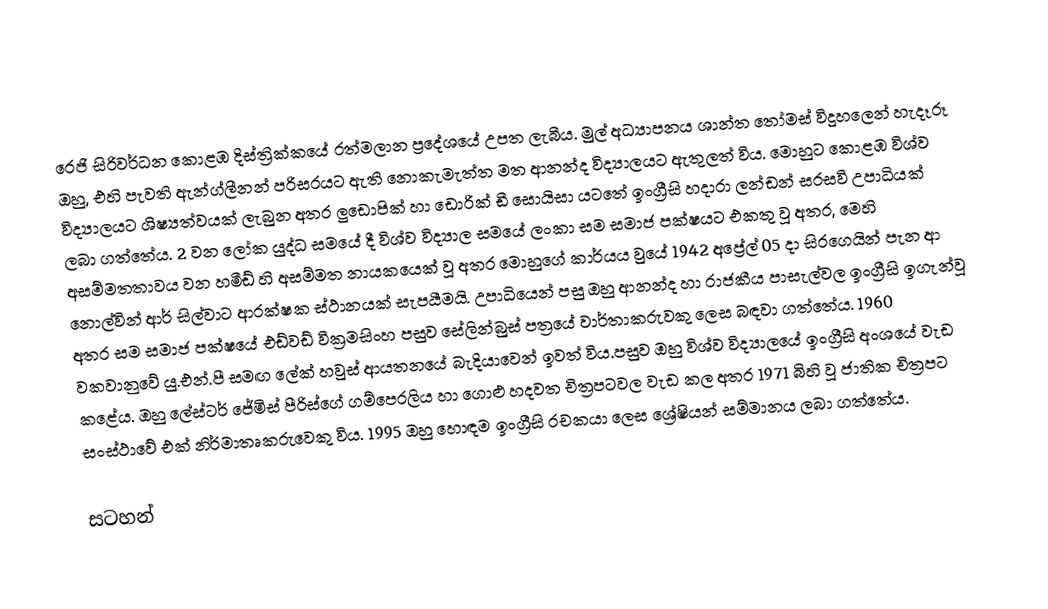
රෙජි සිරිවර්ධන කොළඹ දිස්ත්‍රික්කයේ රත්මලාන ප්‍රදේශයේ උපත ලැබීය. මුල් අධ්‍යාපනය ශාන්ත තෝමස් විදුහලෙන් හැදෑරූ  ඔහු, එහි පැවති ඇන්ග්ලීනන්  පරිසරයට ඇති නොකැමැත්ත මත ආනන්ද විද්‍යාලයට ඇතුලත් විය. මොහුට කොළඹ විශ්ව විද්‍යාලයට ශිෂ්‍යත්වයක් ලැබුන අතර ලු‍ඩොපික් හා ඩොරික් ඩී සොයිසා යටතේ ඉංග්‍රීසි හදාරා ලන්ඩන් සරසවි උපාධියක් ලබා ගත්තේය. 2 වන ලෝක යුද්ධ සමයේ දී විශ්ව විද්‍යාල සමයේ ලංකා  සම සමාජ පක්ෂයට එකතු වූ අතර, මෙහි අසම්මතතාවය වන හමීඩ් හි අසම්මත නායකයෙක් වූ අතර මොහුගේ කාර්යය වුයේ 1942 අප්‍රේල් 05 දා සිරගෙයින් පැන ආ නොල්වින් ආර් සිල්වාට ආරක්ෂක ස්ථානයක් සැපයීමයි. උපාධියෙන් පසු ඔහු ආනන්ද හා රාජකීය පාසැල්වල ඉංග්‍රීසි ඉගැන්වූ අතර සම සමාජ පක්ෂයේ එඩ්වඩ් වික්‍රමසිංහ පසුව සේලින්බුස් පත්‍රයේ වාර්තාකරුවකු ලෙස බඳවා ගත්තේය.  1960 වකවානුවේ යු.එන්.පී  සමඟ ලේක් හවුස් ආයතනයේ බැදියාවෙන් ඉවත් විය.පසුව ඔහු විශ්ව විද්‍යාලයේ ඉංග්‍රීසි අංශයේ වැඩ කළේය. ඔහු ලේස්ටර් ජේමිස් පීරිස්ගේ ගම්පෙරලිය හා ගොළු හදවත  චිත්‍රපටවල වැඩ කල අතර 1971 බිහි වූ ජාතික චිත්‍රපට සංස්ථාවේ එක් නිර්මාතෘකරුවෙකු විය. 1995 ඔහු හොඳම ඉංග්‍රීසි රචකයා ලෙස ශ්‍රේෂියන් සම්මානය ලබා ගත්තේය.

සටහන්